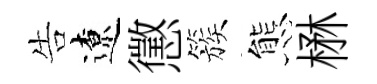
告遼懲簇態楙